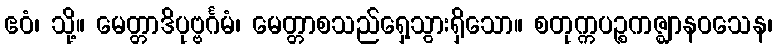
ဧဝံ၊ သို့။ မေတ္တာဒိပုဗ္ဗင်္ဂမံ၊ မေတ္တာစသည်ရှေ့သွားရှိသော။ စတုက္ကပဉ္စကဇ္ဈာနဝသေန၊